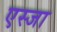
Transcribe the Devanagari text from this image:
एस्जा